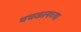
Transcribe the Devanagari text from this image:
चघळायच्या